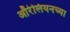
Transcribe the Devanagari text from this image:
ऑरेलियनच्या